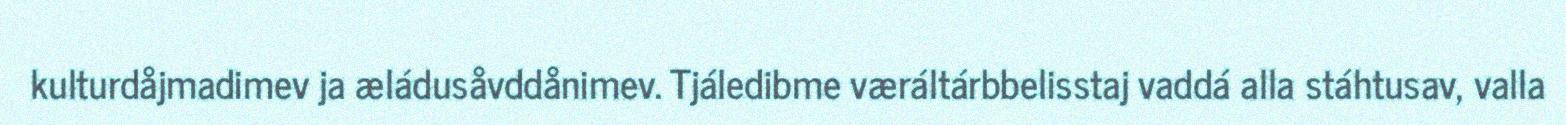
kulturdåjmadimev ja æládusåvddånimev. Tjáledibme væráltárbbelisstaj vaddá alla stáhtusav, valla